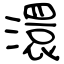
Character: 澴